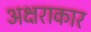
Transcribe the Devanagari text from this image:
अक्षराकार